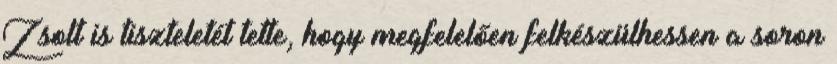
Zsolt is tiszteletét tette, hogy megfelelően felkészülhessen a soron